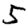
Digit: 5